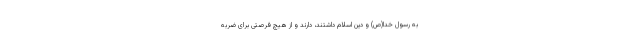
به رسول خدا(ص) و دین اسلام داشتند، دارند و از هیچ فرصتی برای ضربه